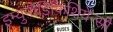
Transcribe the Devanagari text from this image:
इम्युनोडिफिशियेन्सी